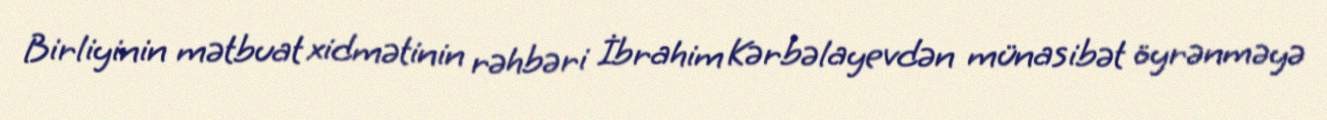
Birliyinin mətbuat xidmətinin rəhbəri İbrahim Kərbəlayevdən münasibət öyrənməyə